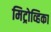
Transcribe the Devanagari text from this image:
मिट्रोव्हिका